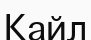
Кайл